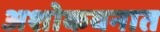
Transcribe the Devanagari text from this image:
अशोकवनात